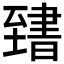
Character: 𦥌